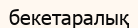
бекетаралық